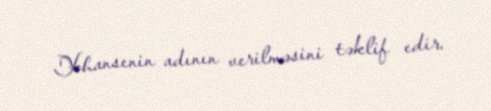
Yohansenin adının verilməsini təklif edir.